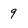
Character: 9